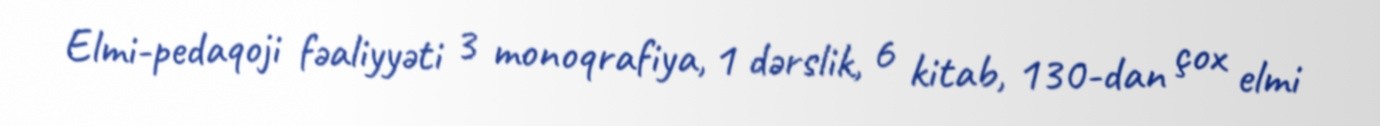
Elmi-pedaqoji fəaliyyəti 3 monoqrafiya, 1 dərslik, 6 kitab, 130-dan çox elmi